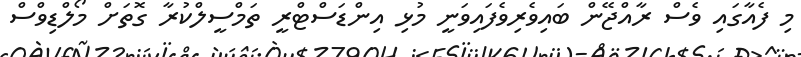
މި ފެއާގައި ވެސް ރާއްޖޭން ބައިވެރިވެފައިވަނީ މުޅި އިންޑަސްޓްރީ ތަމްސީލްކުރާ ގޮތަށް މޯލްޑިވްސް